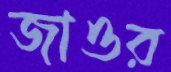
জাওর